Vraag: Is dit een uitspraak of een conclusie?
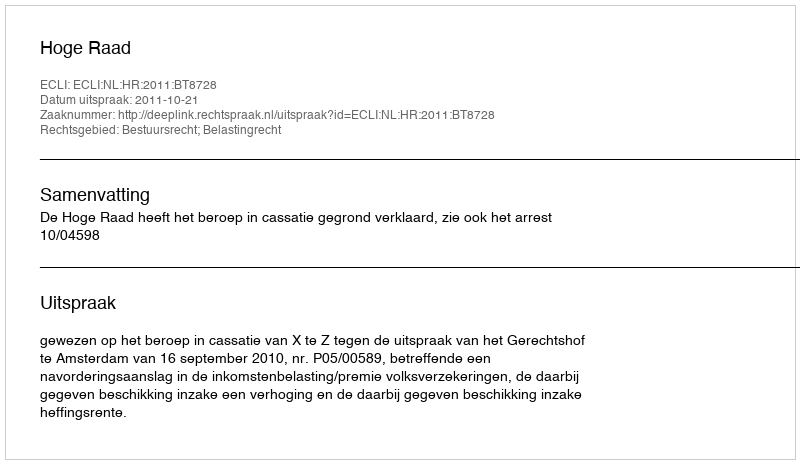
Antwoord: Uitspraak